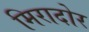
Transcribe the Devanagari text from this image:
मिरादोर